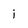
Character: j